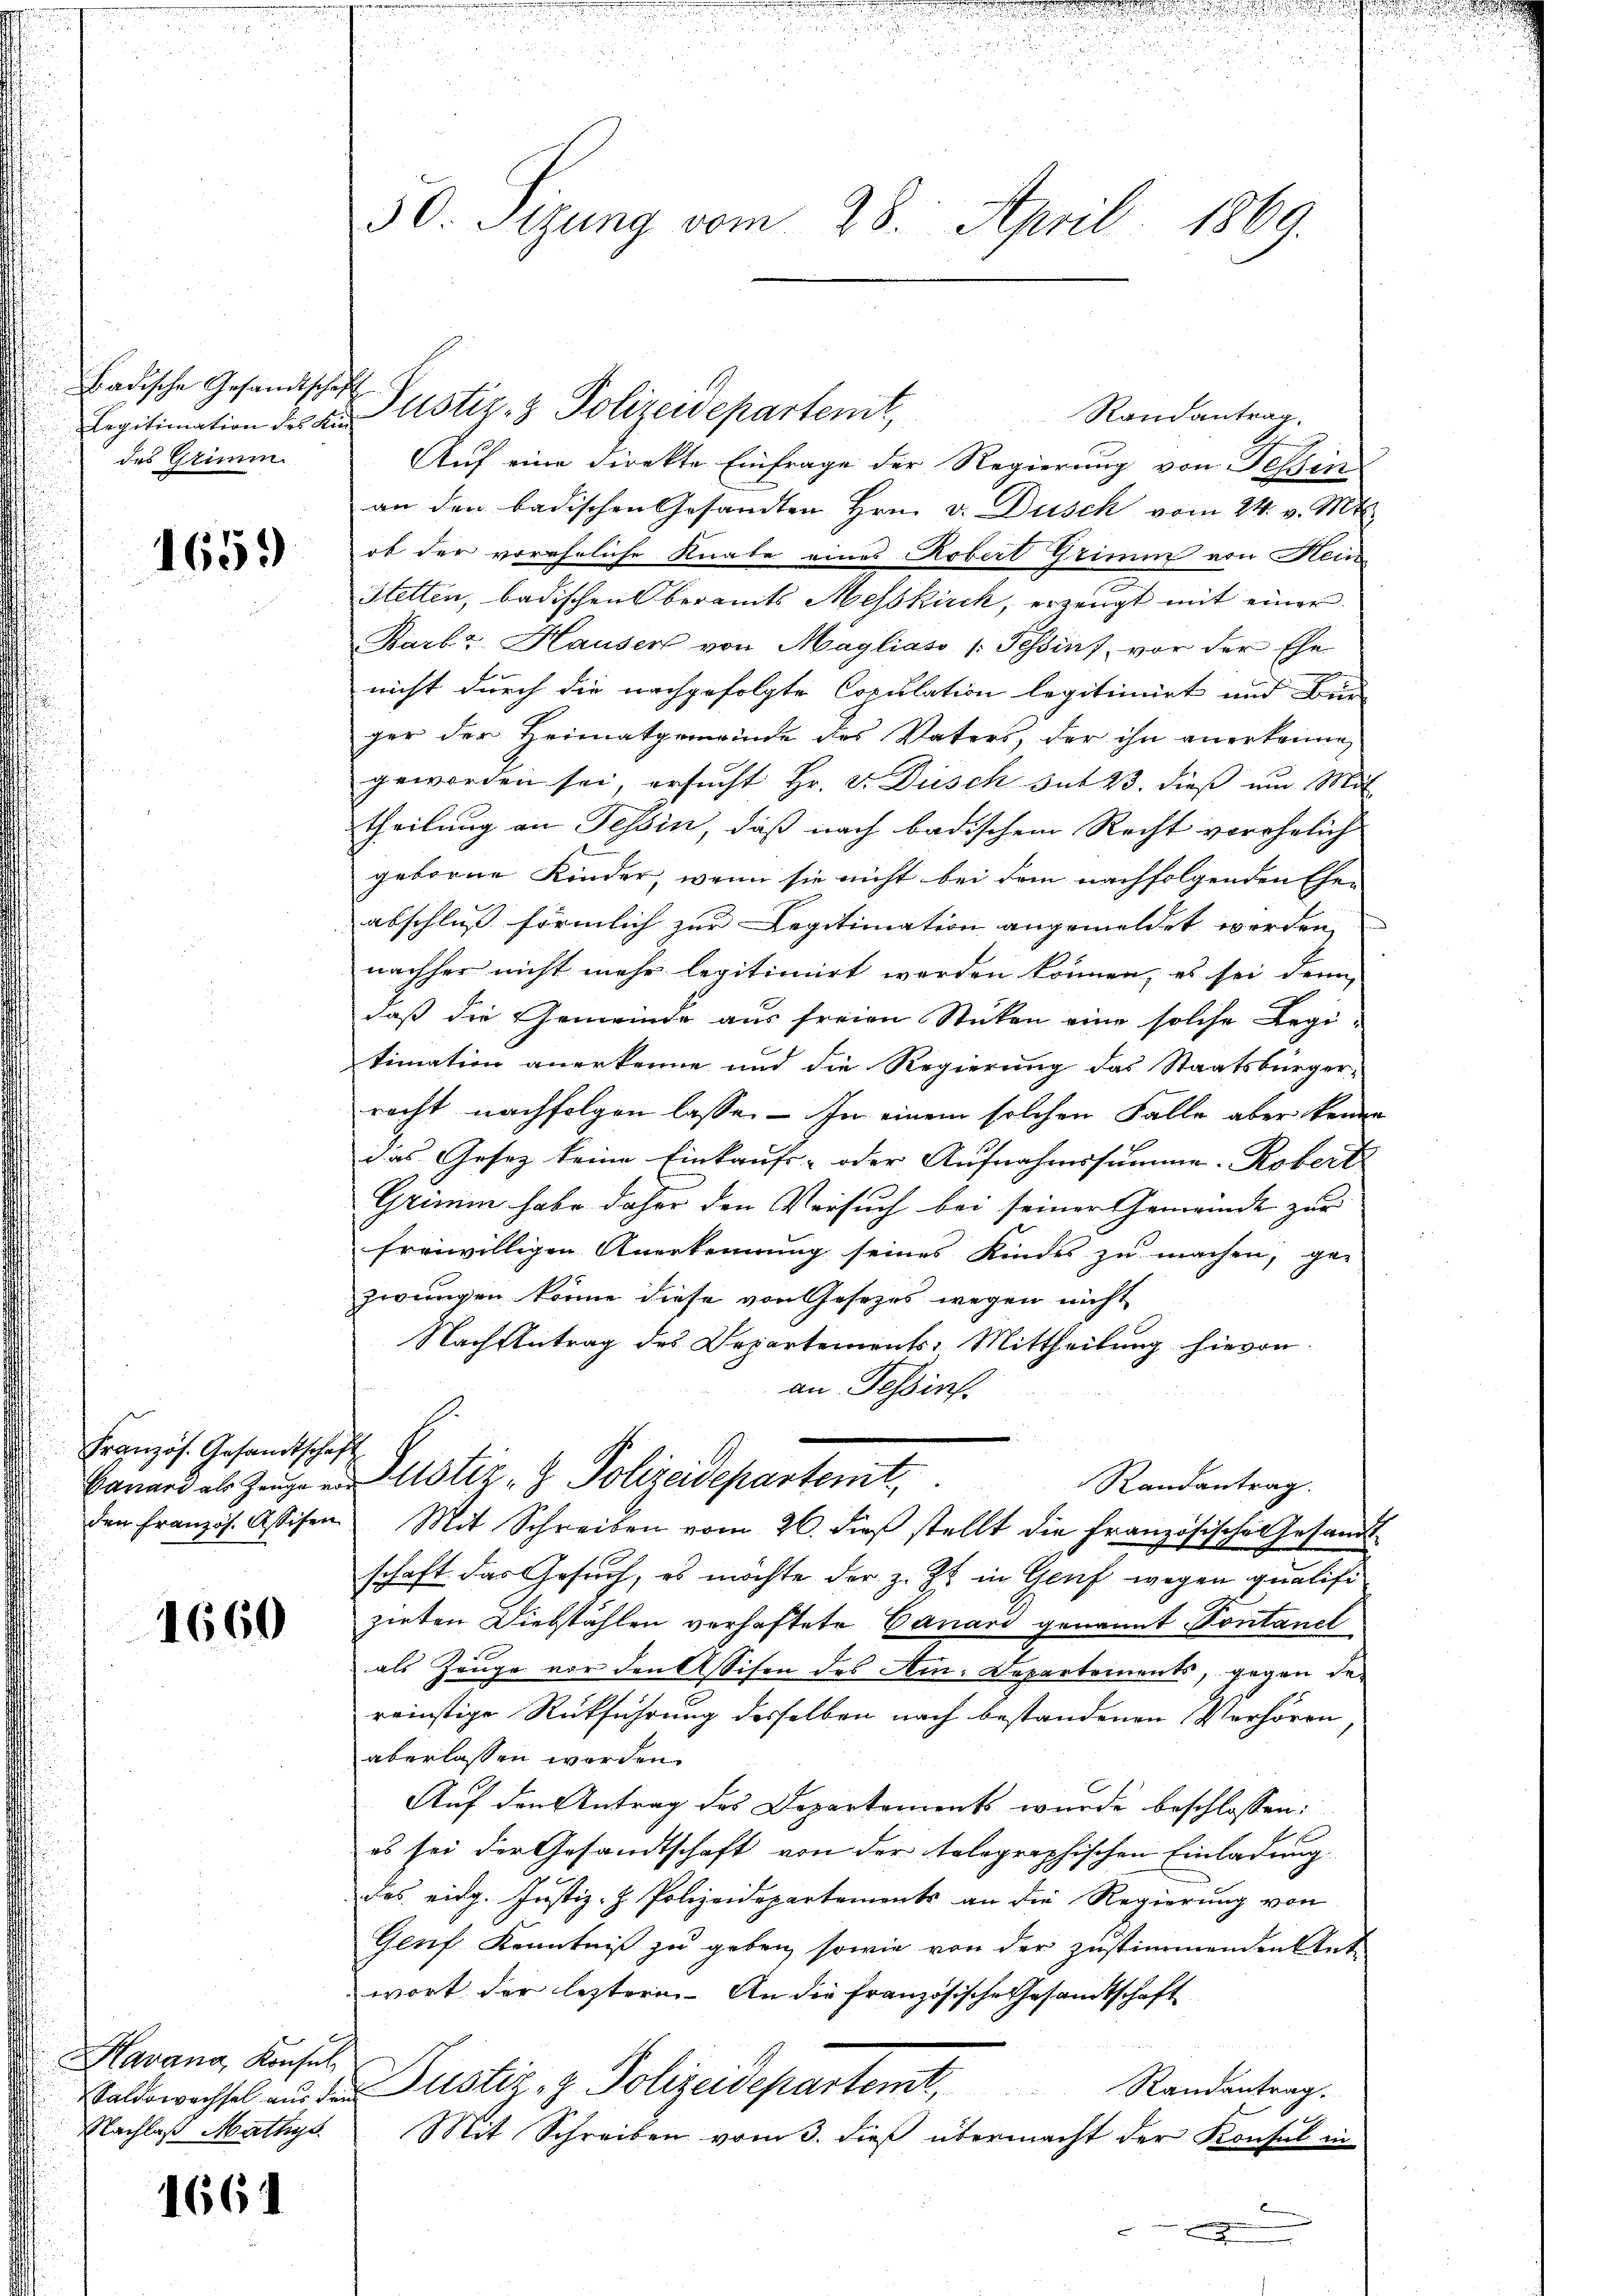
Badische Gesandtschaf
Legitimation des Kindes Grimm.

1659

Französ. Gesandtscha
Canari als Zeuge von
den französ. Assisen

1660

Havana, Konsul
Saldowachsel aus der
Nachlaß Mathys

1661

30. Sizung vom 28. April 1869.

Randantrag.
Auf eine direkte Einfrage der Regierung von Tessin
an den badischen Gesandten Hrn. v. Dusch vom 24. v. Mts.
ob der voreheliche Knabe eines Robert Grimm von Hein¬
Stetten, badischen beramts Messkirch, erzeugt mit einer
Barb: Hauser von Maylias Tessins, vor der Ehe
nicht durch die nachgefolgte Copulation legitimirt und Ber
ger der Heimatgemeinde des Vaters, der ihn anerkenne,
geworden sei, ersucht Hr. Dr. Dusch hat 23. dieß um Mit
theilung an Tessin, daß nach badischem Recht vorehelich
geborne Kinder, wenn sie nicht bei dem nachfolgenden Ehe-
abschluß förmlich zur Legitimation angemeldet worden,
nachher nicht mehr legitimirt werden können, es sei denn
daß die Gemeinde aus freien Stücken eine solche Legi-
timation anerkenne und die Regierung das Staatsbürger-
recht nachfolgen lasse. — In einem solchen Falle aber keine
das Gesetz keine Einkaufs- oder Aufnahmssumme. Robert
Grimm habe daher den Versuch bei seiner Gemeinde zur
freiwilligen Anerkennung seines Kindes zu machen, ge-
zwungen könne diese von Gesetzes wegen nicht
Nach Antrag des Departements-Mittheilung hievon
an Tessin
Justiz- & Polizeidepartemt,
Randantrag.
Mit Schreiben vom 26. dieβ stellt die Französische Gesandt
schaft das Gesuch, es möchte der z. Zt. in Genf wegen qualifizirten Diebstählen verhaftete Canari genannt Kontanel
als Zeuge vor den Assisen des Ain. Departements, gegen der
reinstige Rückführung desselben nach bestandenen Verhören
aberlassen worden.
Auf den Antrag des Departements wurde beschlossen:
es sei der Gesandtschaft von der tolographischen Einladung
des eidg. Justiz- & Polizeidepartements an die Regierung von
Genf Kenntniß zu geben, sowie von der zustimmenden Ant
wort der letzteren. An die französische Gesandtschaft
Zustiz- & Polizeidepartamt,
Randantrag.
F
Mit Schreiben vom 3. dieß übermacht der Konsul in
b
x

Justiz- & Polizeidepartenit,